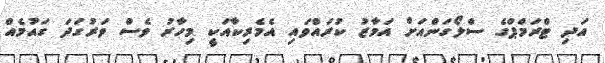
އަދި ޓްރަމްޕްގެ ސްލޯގަންއަށް އަމާޒު ކުރައްވައި އެމެރިކާއަކީ މިހާރު ވެސް ވަރުގަދަ ގައުމެއް